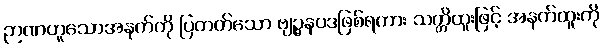
ဉာဏဟူသောအနက်ကို ပြတတ်သော ဗျဉ္ဇနပဒဖြစ်ရကား သတ္တိထူးဖြင့် အနက်ထူးကို